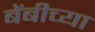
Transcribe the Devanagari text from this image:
बेंबीच्या